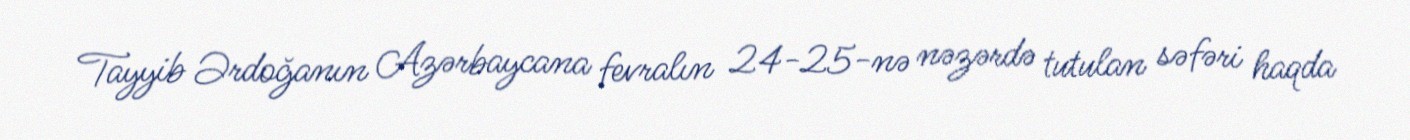
Tayyib Ərdoğanın Azərbaycana fevralın 24-25-nə nəzərdə tutulan səfəri haqda